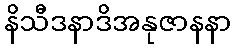
နိသီဒနာဒိအနုဇာနနာ